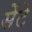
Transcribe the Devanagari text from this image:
सेंटे